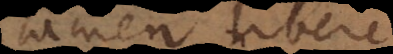
tamen libere